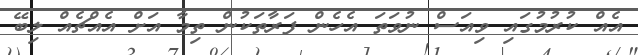
އެއް ކުރުމުގައި ވިއަސް ނުވަތަ އެހެން ފަރާތަކުން ތިމާ އަށް އެއްޗެއް ލިބޭ